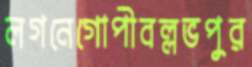
লগনেগোপীবল্লভপুর